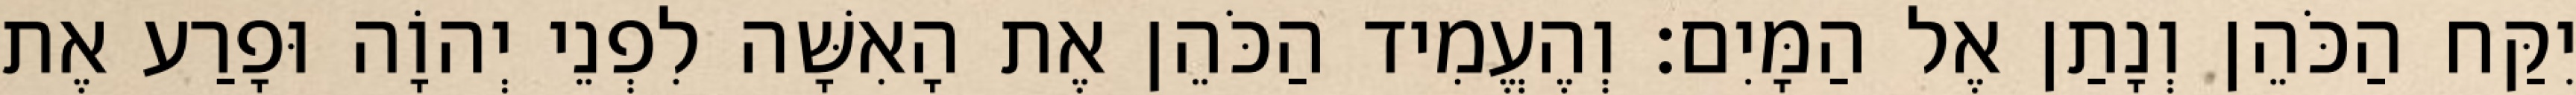
יִקַּח הַכֹּהֵן וְנָתַן אֶל הַמָּיִם׃ וְהֶעֱמִיד הַכֹּהֵן אֶת הָאִשָּׁה לִפְנֵי יְהוָֹה וּפָרַע אֶת